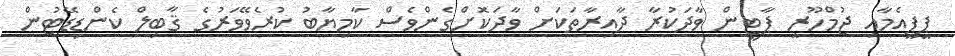
ޕީޕީއެމާއި ޖުމްހޫރީ ޕާޓީން ވާދަކުރާ ދާއިރާތަކަށް ވާދަކޮށްގެންވެސް ކާމިޔާބު ކުރެވޭވަރުގެ ޤާބިލް ކެންޑިޑޭޓުން